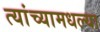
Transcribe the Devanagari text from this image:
त्यांच्यामधल्या